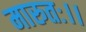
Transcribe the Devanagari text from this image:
मारुतः।।